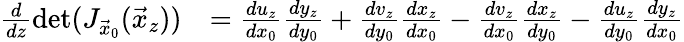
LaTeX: \begin{array}{rl}{\frac{d}{dz}\operatorname*{det}(J_{\vec{x}_{0}}(\vec{x}_{z}))}&{=\frac{du_{z}}{dx_{0}}\frac{dy_{z}}{dy_{0}}+\frac{dv_{z}}{dy_{0}}\frac{dx_{z}}{dx_{0}}-\frac{dv_{z}}{dx_{0}}\frac{dx_{z}}{dy_{0}}-\frac{du_{z}}{dy_{0}}\frac{dy_{z}}{dx_{0}}}\end{array}